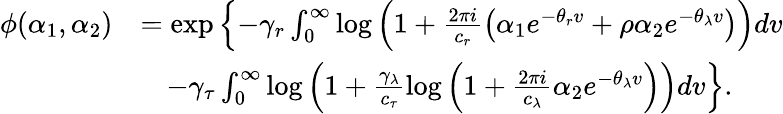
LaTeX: \begin{array}{rl}{\phi(\alpha_{1},\alpha_{2})}&{=\exp\left\lbrace-\gamma_{r}\int_{0}^{\infty}\log\left(1+\frac{2\pi i}{c_{r}}\left(\alpha_{1}e^{-\theta_{r}v}+\rho\alpha_{2}e^{-\theta_{\lambda}v}\right)\right)dv\right.}\\ &{\ \ \ \left.-\gamma_{\tau}\int_{0}^{\infty}\log\left(1+\frac{\gamma_{\lambda}}{c_{\tau}}\log\left(1+\frac{2\pi i}{c_{\lambda}}\alpha_{2}e^{-\theta_{\lambda}v}\right)\right)dv\right\rbrace.}\end{array}